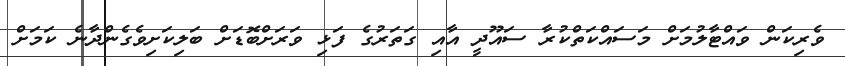
ވެރިކަން ވައްޓާލުމަށް މަސައްކަތްކުރާ ސައޫދީ އާއި ގަތަރުގެ ފަޅި ވަރަށްބޮޑަށް ބަލިކަށިވެގެންދާނެ ކަމަށް